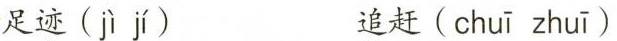
足迹( jì jí ) 追赶( chuī zhuī )